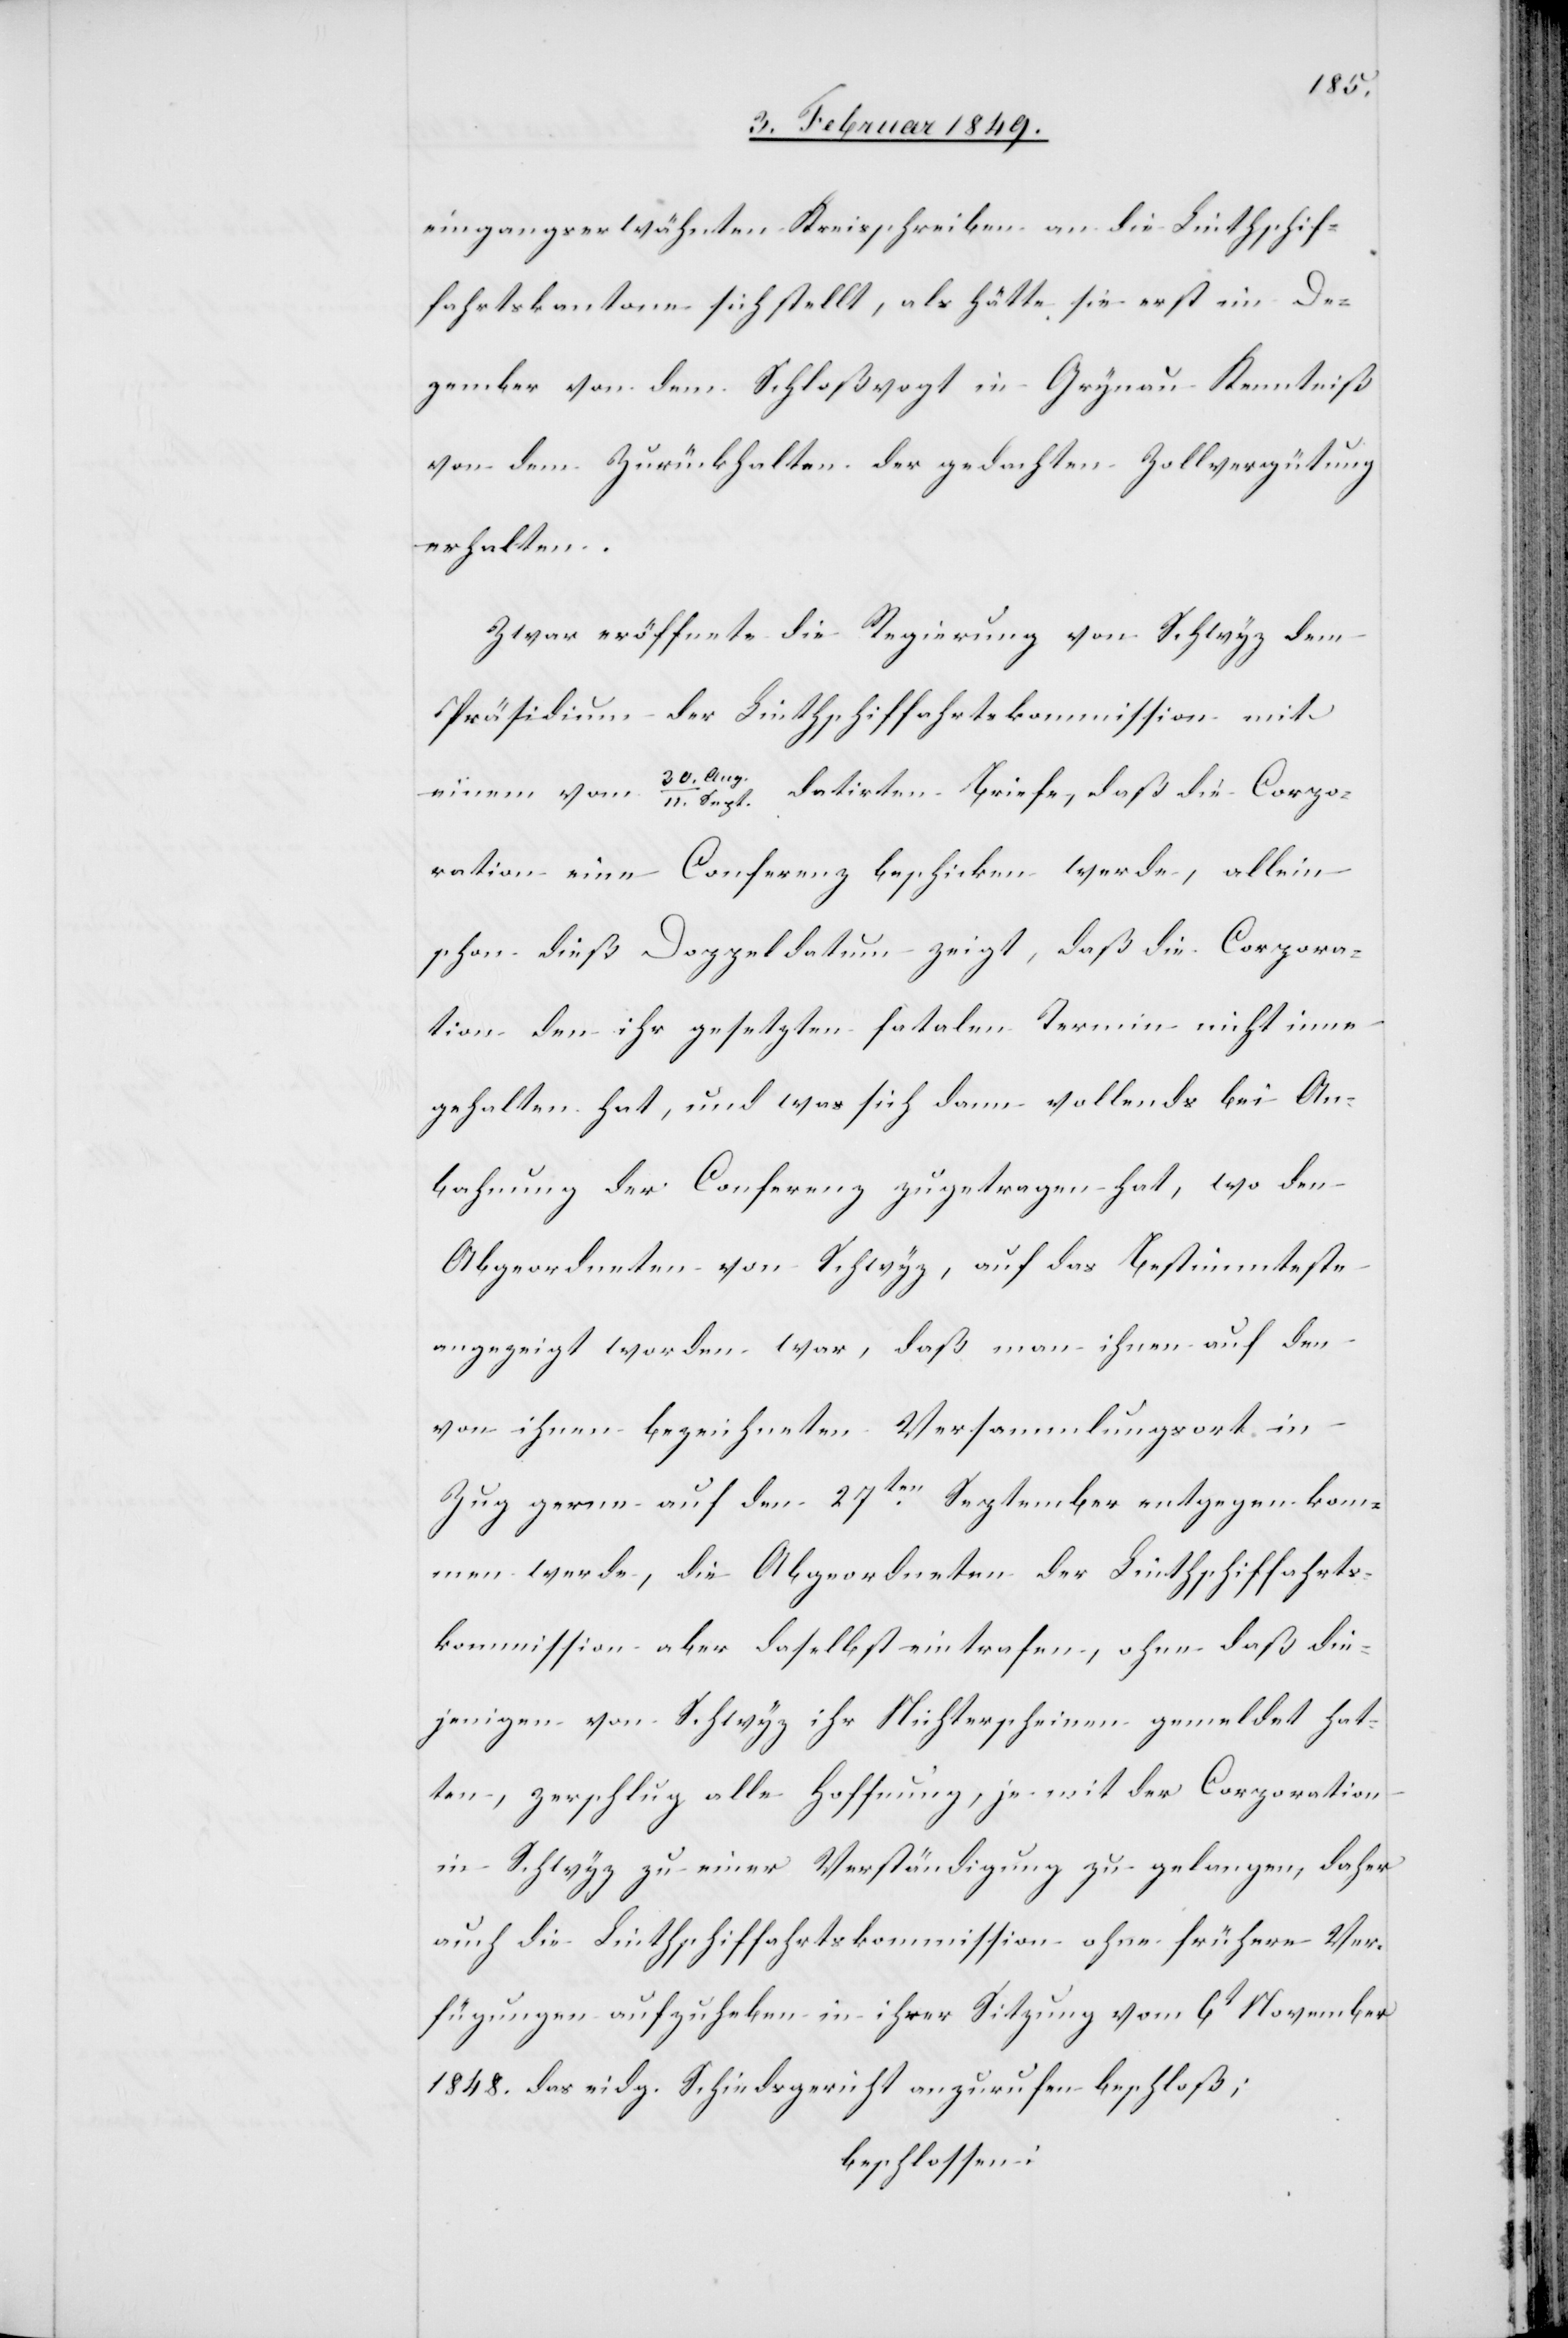
eingangs erwähnten Kreisschreiben an die Linthschif¬
fahrtskantone sich stellt, als hätte sie erst im De¬
zember von dem Schloßvogt in Grynau Kenntniß
von dem Zurückhalten der gedachten Zollvergütung
erhalten.
Zwar eröffnete die Regierung von Schwyz dem
Präsidium der Linthschiffahrtskommission mit
einem vom
Sept. datirten Briefe, daß die Corpo¬
ration eine Conferenz beschicken werde, allein
schon dieß Doppeldatum zeigt, daß die Corpora¬
tion den ihr gesetzten fatalen Termin nicht inne¬
gehalten hat, und was sich dann vollends bei An¬
bahnung der Conferenz zugetragen hat, wo den
Abgeordneten von Schwyz, auf das Bestimmteste
angezeigt worden war, daß man ihnen auf de¬
n ihnen bezeichneten Versammlungsort in
Zug gerne auf den 27ten. September entgegenkom¬
men werde, die Abgeordneten der Linthschiffahrts¬
kommission aber daselbst eintrafen, ohne daß die¬
jenigen von Schwyz ihr Nichterscheinen gemeldet hat¬
ten, zerschlug alle Hoffnung, je mit der Corporation
in Schwyz zu einer Verständigung zu gelangen, daher
auch die Linthschiffahrtskommission ohne frühere Ver¬
fügungen aufzuheben in ihrer Sitzung vom 6t November
1848 das eidg. Schiedsgericht anzurufen beschloß;
beschlossen: